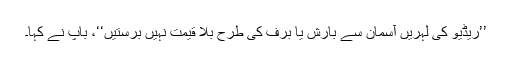
’’ریڈیو کی لہریں آسمان سے بارش یا برف کی طرح بلا قیمت نہیں برستیں‘‘، باپ نے کہا۔